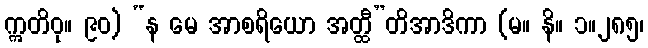
ဣတိဝု။ ၉၀) “န မေ အာစရိယော အတ္ထီ”တိအာဒိကာ (မ။ နိ။ ၁။၂၈၅၊